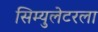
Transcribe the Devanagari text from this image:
सिम्युलेटरला